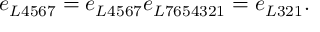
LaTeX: e _ { L 4 5 6 7 } = e _ { L 4 5 6 7 } e _ { L 7 6 5 4 3 2 1 } = e _ { L 3 2 1 } . \nonumber